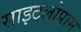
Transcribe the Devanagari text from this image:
साइटलोप्राम